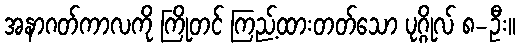
အနာဂတ်ကာလကို ကြိုတင် ကြည့်ထားတတ်သော ပုဂ္ဂိုလ် ၈-ဦး။